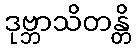
ဒုဗ္ဘာသိတန္တိ